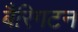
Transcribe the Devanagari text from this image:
बैरिगटन